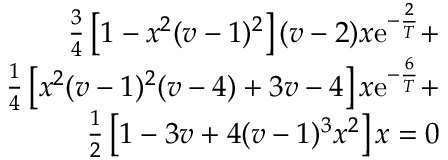
\begin{array} { r l } { \frac { 3 } { 4 } \left[ 1 - x ^ { 2 } ( v - 1 ) ^ { 2 } \right] ( v - 2 ) x \mathrm { e } ^ { - \frac { 2 } { T } } + } & { } \\ { \frac { 1 } { 4 } \left[ x ^ { 2 } ( v - 1 ) ^ { 2 } ( v - 4 ) + 3 v - 4 \right] x \mathrm { e } ^ { - \frac { 6 } { T } } + } & { } \\ { \frac { 1 } { 2 } \left[ 1 - 3 v + 4 ( v - 1 ) ^ { 3 } x ^ { 2 } \right] x = 0 } \end{array}